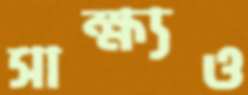
সাক্ষ্যও